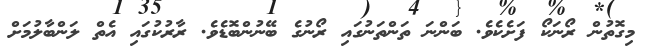
މިގޮތުން ރޯނަކޯ ފަށެކެވެ. ބަންނަ ތަންތަނުގައި ރޯނުގެ ބޭނުންބޮޑެވެ. ރާރުކުގައި އެތް ލަންބާލުމަށް